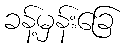
ခန့်မှန်းခြေ